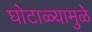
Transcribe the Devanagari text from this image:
घोटाळ्यामुळे